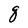
Character: q